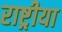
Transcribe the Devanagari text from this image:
राष्ट्रीया